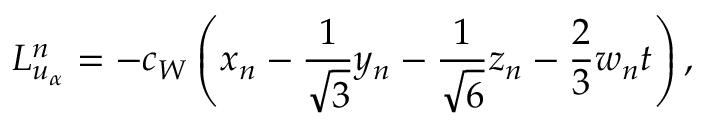
L _ { u _ { \alpha } } ^ { n } = - c _ { W } \left( x _ { n } - \frac { 1 } { \sqrt 3 } y _ { n } - \frac { 1 } { \sqrt 6 } z _ { n } - \frac { 2 } { 3 } w _ { n } t \right) ,